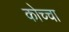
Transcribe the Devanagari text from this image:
कोच्चा